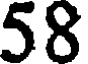
58